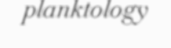
planktology